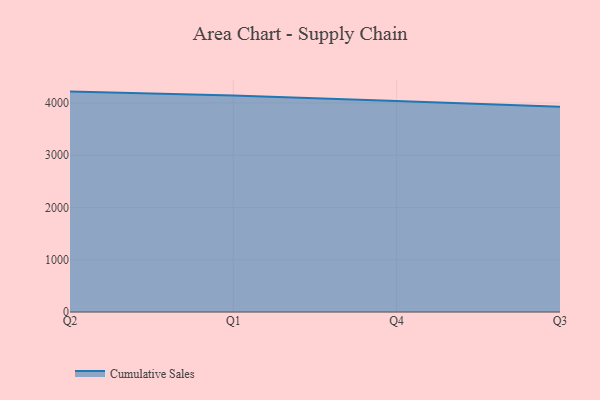
{"axis": {"x": "Quarter", "y": "Bounce Rate (%)"}, "legend": ["Cumulative Sales"], "data": [{"x": "Q2", "y": 4218.0, "type": "Cumulative Sales"}, {"x": "Q1", "y": 4141.8, "type": "Cumulative Sales"}, {"x": "Q4", "y": 4040.3, "type": "Cumulative Sales"}, {"x": "Q3", "y": 3929.5, "type": "Cumulative Sales"}]}